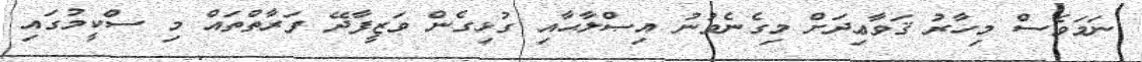
ނަމަވެސް މިހާރު ޤަވާޢިދަށް މިގެނެވުނު އިޞްލާޙާއި ގުޅިގެން ވަޒީފާދޭ ފަރާތްތައް މި ސްކީމުގައި